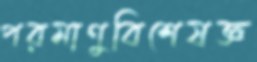
পরমাণুবিশেষজ্ঞ